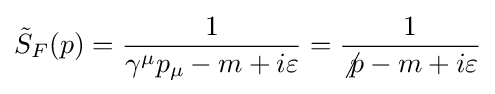
{\tilde {S}}_{F}(p)={1 \over \gamma ^{\mu }p_{\mu }-m+i\varepsilon }={1 \over \not p-m+i\varepsilon }